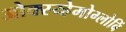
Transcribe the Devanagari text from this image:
ओक्स्य्हेमोग्लोबिं